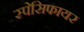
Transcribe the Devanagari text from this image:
स्पेसिफायर